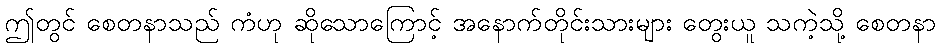
ဤတွင် စေတနာသည် ကံဟု ဆိုသောကြောင့် အနောက်တိုင်းသားများ တွေးယူ သကဲ့သို့ စေတနာ